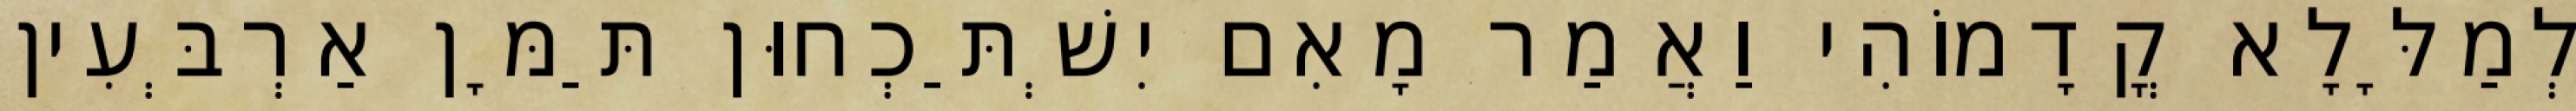
לְמַלָּלָא קֳדָמוֹהִי וַאֲמַר מָאִם יִשְׁתַּכְחוּן תַּמָּן אַרְבְּעִין